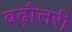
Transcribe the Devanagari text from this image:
बढ़ौत्तरी